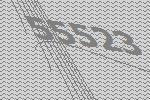
55523